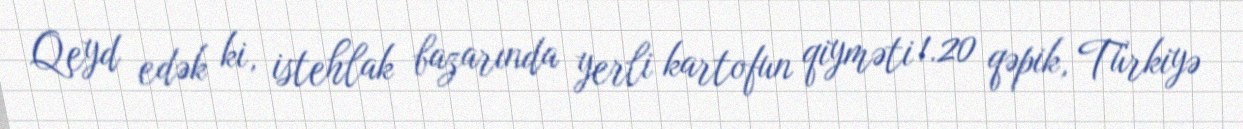
Qeyd edək ki, istehlak bazarında yerli kartofun qiyməti 1.20 qəpik, Türkiyə